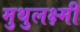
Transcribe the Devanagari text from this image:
मुथुलक्ष्मी